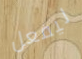
ليفعل